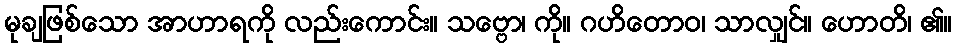
မုချဖြစ်သော အာဟာရကို လည်းကောင်း။ သဗ္ဗော၊ ကို။ ဂဟိတောဝ၊ သာလျှင်။ ဟောတိ၊ ၏။